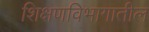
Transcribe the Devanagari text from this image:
शिक्षणविभागातील